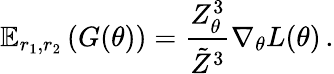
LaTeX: \mathbb{E}_{r_{1},r_{2}}\left(G(\theta)\right)=\frac{Z_{\theta}^{3}}{\tilde{Z}^{3}}\nabla_{\theta}L(\theta)\, .